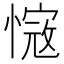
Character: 𢟭